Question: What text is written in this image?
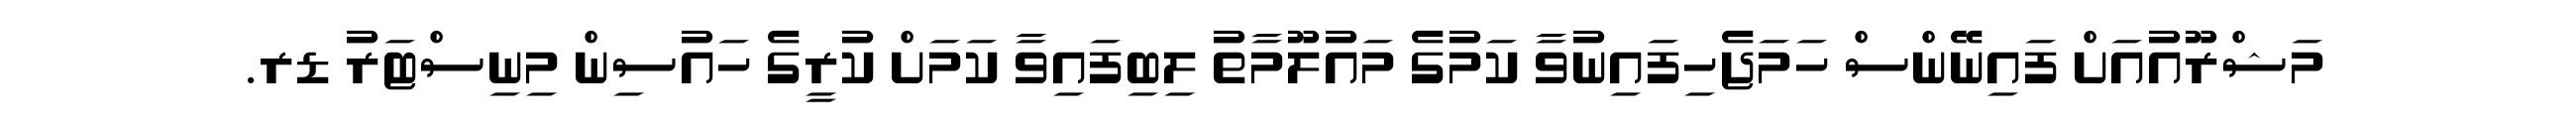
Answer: މަޝްރޫއުއަށް ފައިނޭންސް ހަމަޖެހިފައިނުވާ ކަމުގެ މައުލޫމާތު ލިބިފައިވާ ކަމަށް ކުރީގެ ހައުސިން މިނިސްޓަރު ޑރ.